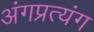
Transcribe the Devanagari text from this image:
अंगप्रत्यंग